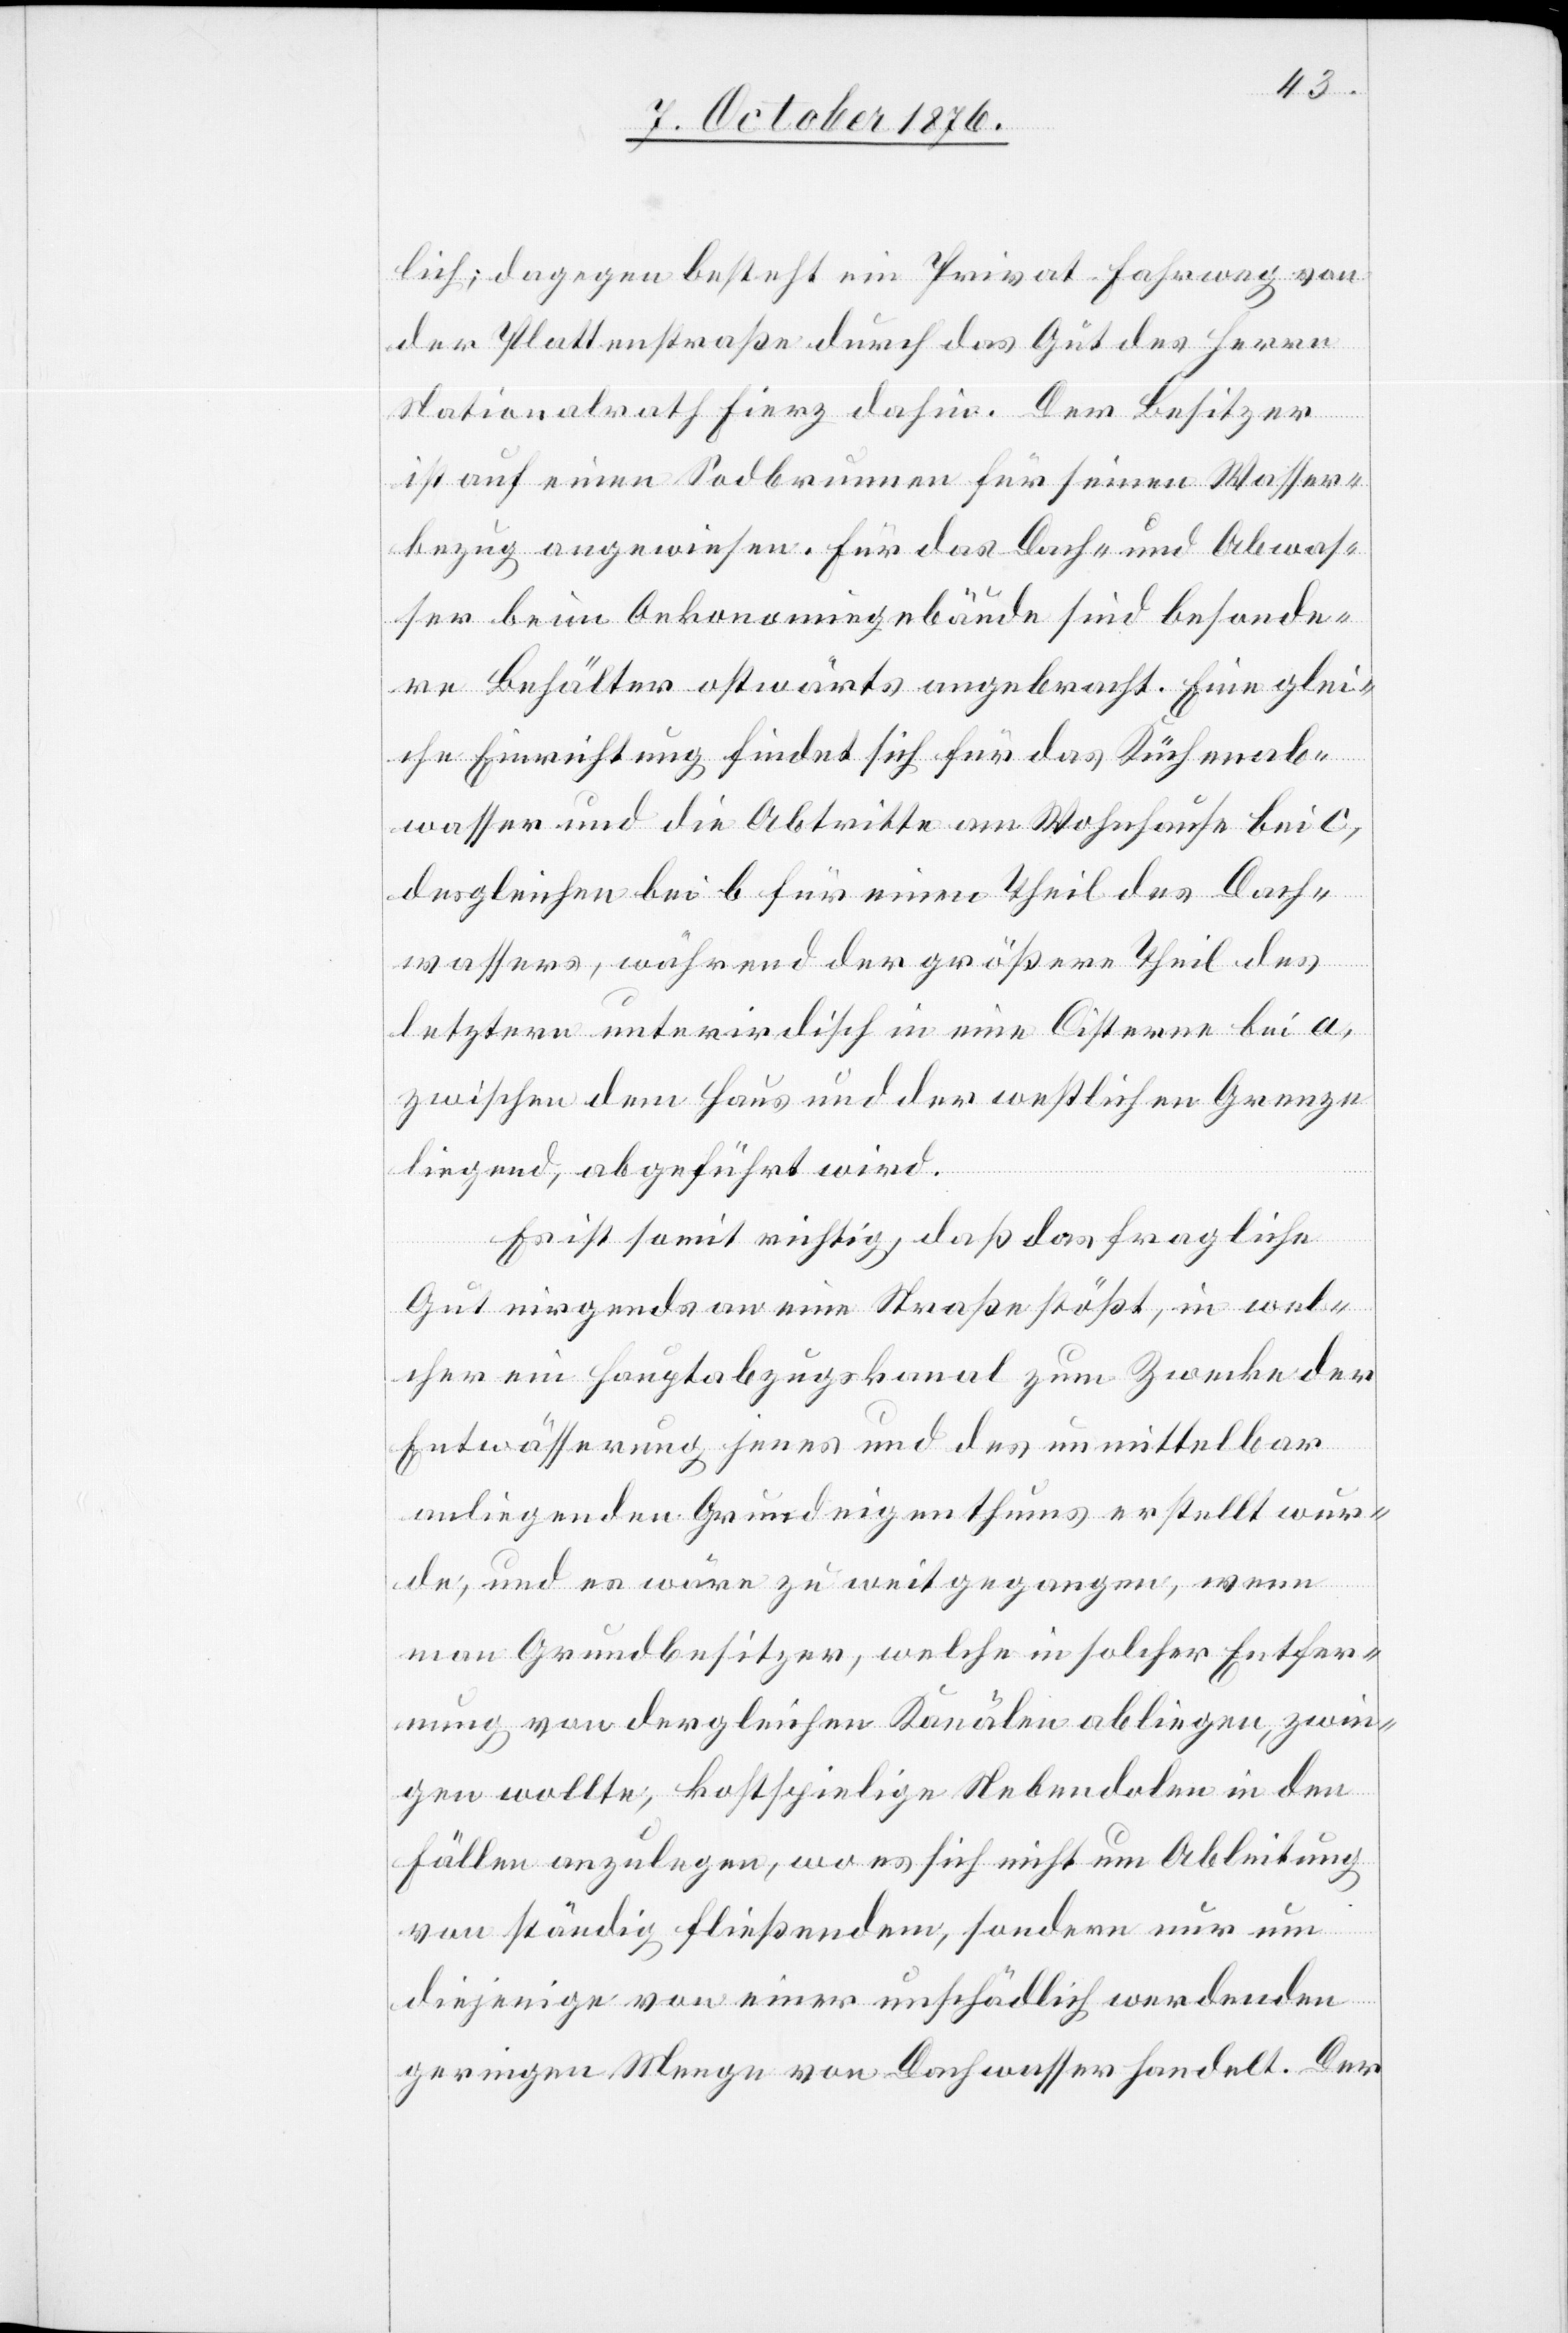
lich; dagegen besteht ein Privat-Fahrweg von
der Plattenstraße durch das Gut des Herrn
Nationalrath Fierz dahin. Der Besitzer
ist auf einen Sodbrunnen für seinen Wasser¬
bezug angewiesen. Für das Dach- und Abwas¬
ser beim Oekonomiegebäude sind besonde¬
re Behälter ostwärts angebracht. Eine glei¬
che Einrichtung findet sich für das Küchenab¬
wasser und die Abtritte am Wohnhause bei c,
desgleichen bei b für einen Theil des Dach¬
wassers, während der größere Theil des
letztern unterirdisch in eine Cisterne bei a,
zwischen dem Haus und der westlichen Grenze
liegend, abgeführt wird.
Es ist somit richtig, daß das fragliche
Gut nirgends an eine Straße stößt, in wel¬
cher ein Hauptabzugskanal zum Zwecke der
Entwässerung jenes und des unmittelbar
anliegenden Grundeigenthums erstellt wur¬
de, und es wäre zu weit gegangen, wenn
man Grundbesitzer, welche in solcher Entfer¬
nung von dergleichen Kanälen abliegen, zwin¬
gen wollte, kostspielige Nebendolen in den
Fällen anzulegen, wo es sich nicht um Ableitung
von ständig fließendem, sondern nur um
diejenige von einer unschädlich werdenden
geringen Menge von Dachwasser handelt. Der